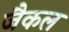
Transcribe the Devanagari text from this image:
जैकल